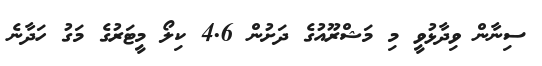
ސިނާން ވިދާޅުވީ މި މަޝްރޫއުގެ ދަށުން 4.6 ކިލޯ މީޓަރުގެ މަގު ހަދާނެ